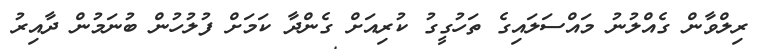
ރިލްވާން ގެއްލުނު މައްސަލައިގެ ތަހުގީގު ކުރިއަށް ގެންދާ ކަމަށް ފުލުހުން ބުނަމުން ދާއިރު